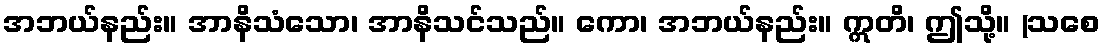
အဘယ်နည်း။ အာနိသံသော၊ အာနိသင်သည်။ ကော၊ အဘယ်နည်း။ ဣတိ၊ ဤသို့။ (သစေ